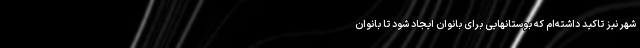
شهر نیز تاکید داشته‌ام که بوستانهایی برای بانوان ایجاد شود تا بانوان